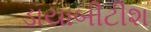
ડાયાબીટીશ